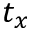
t _ { x }